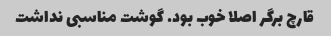
قارچ برگر اصلا خوب بود. گوشت مناسبی نداشت